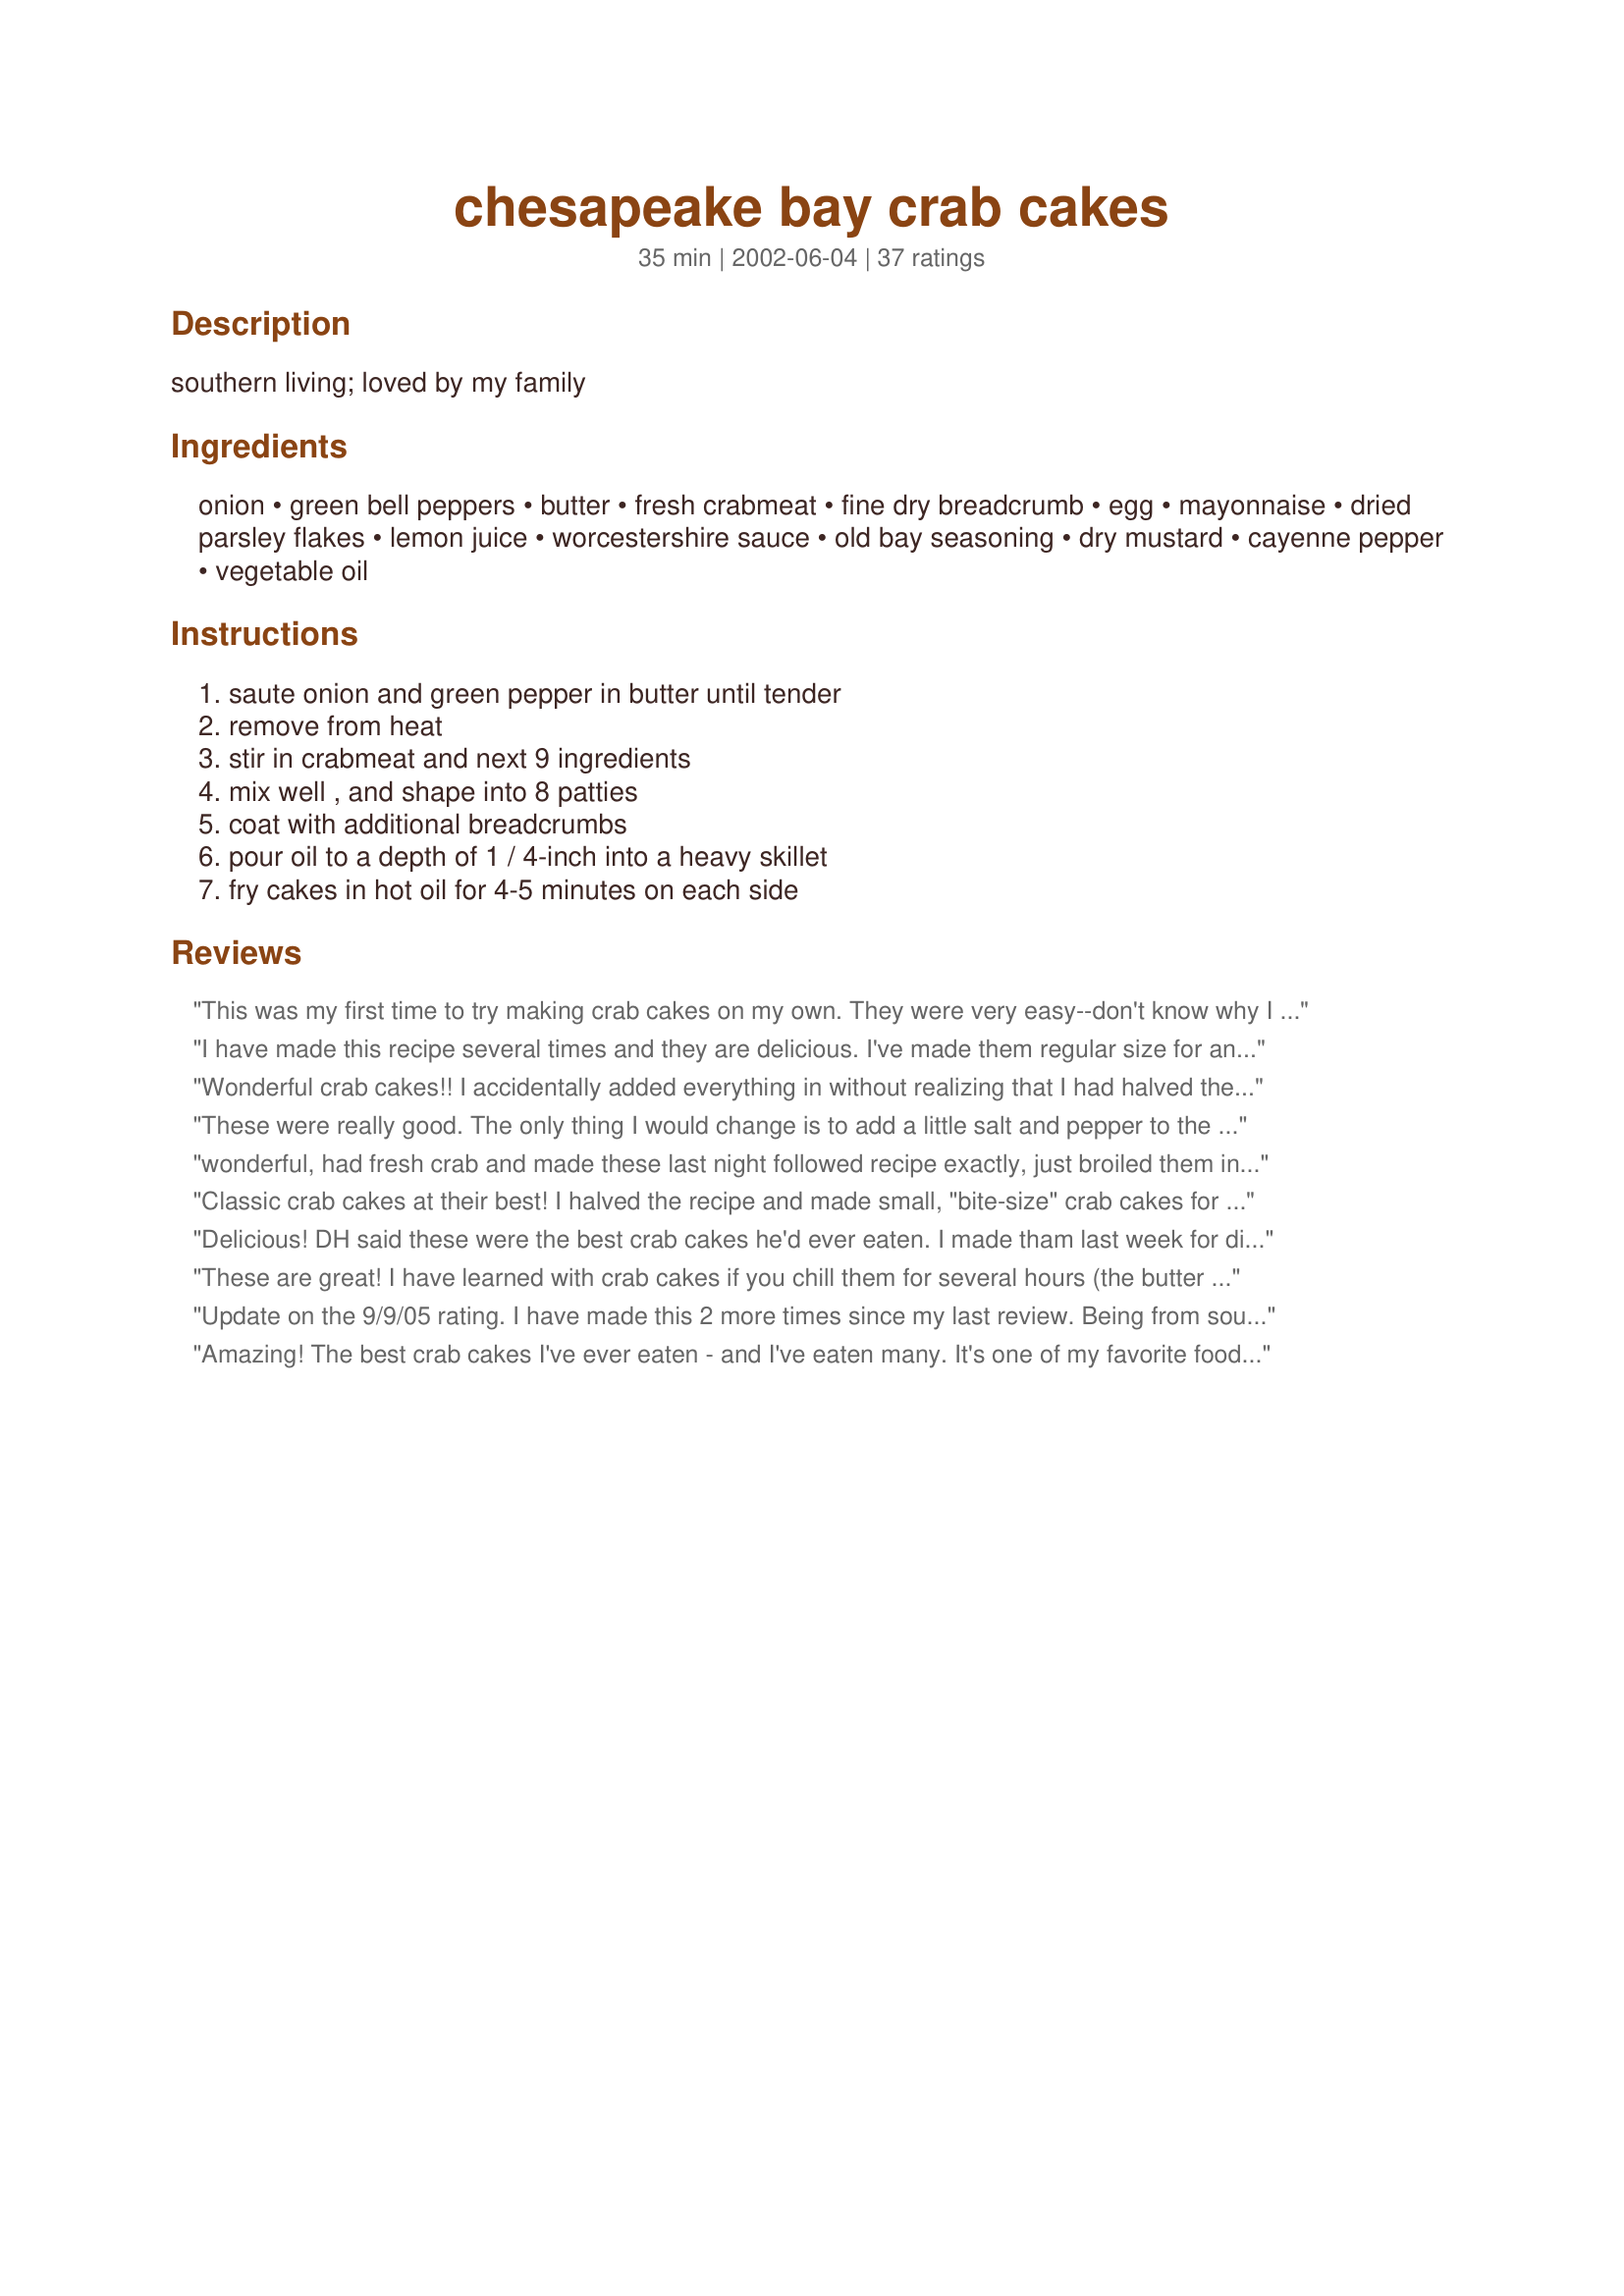
chesapeake bay crab cakes
Preparation time: 35 minutes

southern living; loved by my family

Ingredients:
onion, green bell peppers, butter, fresh crabmeat, fine dry breadcrumb, egg, mayonnaise, dried parsley flakes, lemon juice, worcestershire sauce, old bay seasoning, dry mustard, cayenne pepper, vegetable oil

Steps:
saute onion and green pepper in butter until tender, remove from heat, stir in crabmeat and next 9 ingredients, mix well , and shape into 8 patties, coat with additional breadcrumbs, pour oil to a depth of 1 / 4-inch into a heavy skillet, fry cakes in hot oil for 4-5 minutes on each side

Reviews:
This was my first time to try making crab cakes on my own. They were very easy--don't know why I thought it would be difficult? The blend of seasonings was nice and very tasty. Not overpowering. The cakes held together well. The coating was crunchy and the inside was tender. We dipped them in seafood sauce. Very delicious and will make again.
I have made this recipe several times and they are delicious. I've made them regular size for an entree and minis for appetizer, everybody raves about them everytime I make them. I use red onion and red Bell pepper, a bit more of both than what the recipe calls. Lately I've been broiling them instead of frying them and they are fantastic and healthier! If you're going to broil them don't coat in breadcrumbs and broil for 5-6 minutes on each side. YUM!! I'm making these again next week for a dinner party and my mouth is watering already!
Wonderful crab cakes!! I accidentally added everything in without realizing that I had halved the crab, but they still came out wonderful. I will definitely have to chilll them next time to see if they stay together better. Thanks for the great recipe! There weren't any left!
These were really good. The only thing I would change is to add a little salt and pepper to the mix before forming the cakes. I cut the recipe in half, as I only had 8 ounces of crab meat, used a whole small egg, and made three large cakes instead of four small ones (I had three people to serve). I fried in canola oil, but they only took 2-3 minutes per side to get to a beautiful golden brown, and done all the way through. Any longer and they would have burnt. Thanks for a great recipe- I'll definately make again.
wonderful, had fresh crab and made these last night followed recipe exactly, just broiled them instead of frying.The crab shines through as it should . thanks for this one
Classic crab cakes at their best! I halved the recipe and made small, "bite-size" crab cakes for appetizers. And yes, refrigerating them for a couple hours after you form them makes them perfect for frying. Not one of them fell apart. These are great!
Delicious! DH said these were the best crab cakes he'd ever eaten. I made tham last week for dinner and he requested them again this week! Good recipe and glad they are easy to prepare also. Thanks for the recipe.
These are great! I have learned with crab cakes if you chill them for several hours (the butter solidifies) and turn them only once while cooking they come out beautifully. Gloria
Update on the 9/9/05 rating. I have made this 2 more times since my last review. Being from southern Maryland, crab cakes are near and dear to my heart. The perfect crab cake has little filler and lots of crab. This is it. I did learn a couple of things I'd like to pass on. The oil for frying should only come up half way on the cakes. Too deep and they will foam and fall apart. Also, do not fry more than 4 at a time. More will cool the oil down too much. And lastly, make plenty, these get gobbled down real fast. Thanks again for a terrific recipe!
Amazing! The best crab cakes I've ever eaten - and I've eaten many. It's one of my favorite foods. I followed the recipe exactly as written, and they were superb. Thanks so much for sharing.
Tried this recipe, and it was outstanding. A must keep for future parties.
Classic indeed - just can't get enough of them! Wish crab wasn't so expensive - my family could eat these daily for sure. Minced the onion and bell pepper very finely - everything held together well (I did refrigerate after reading others' advice) and the light dusting of bread crumbs before frying made them a slightly crisp on the outside, succulent on the inside perfection!
Absolute winner here. I did find that the crab cakes didn't need much frying time at all, only about 2-3 minutes per side. I used 1.5 lbs. of crab meat and got 10 cakes. Loved red pepper in this and all of the layers of flavor. I served a quick sauce (mayo, Dijon, capers, lemon) with the crispy crab cakes and we had one heck of a delicious dinner. Excellent recipe!
I had 2 lbs of crabmeat I got on sale. 1 lb I used my standby recipe. 2nd lb...I did your recipe. Your's is now my standby! It was great! FYI..I used a new Thick Worcestershire sauce and panco breadcrumbs.
Amazing crab cakes, followed all ingredients listed. I was in a hurry to pull together before I left this morning. I did not fry the pepper and onion first. I choped to a fine dice. Mixed everything together. Shaped into patties and chilled covered until ready to fry. I placed a thin coat of mayo both side crab cake and rolled in breadcrumbs. All the coating adhered nicely with crispness when frayed. Delious! key for other viewers chill your crab cakes to hold shape.
Great flavor, although my cakes came apart.. ended up serving over spaghetti noodles with cream sauce. Followed recipe to a T and they fell apart. Flavor wise 10 stars... Kudos... I dont know if it was the altitude or what... they fell apart on me and I kept them in the firdge 12 hours before cooking.. Still got race reviews under cream sauce. Ty for a good recipe that might need editing for 7000+ feet here in Boulder Wyoming
Made these for my hubby and he said..."I've had alot of crabcakes and these are the best I have eaten" he ate 3 large cakes! I usually search and go with the highest rated but I have tried Nurse Di's recipes before and they are always great! Glad I choose these. Took Glorias review into consideration and chilled about an hour before frying. I made the rest as posted with the exception of green onions for onion. Came together and held together beautifully! I wasn't sure if the 1/4 cup butter was to be mixed in but figured it out when I mixed evertyhhing but the butter and it was dry, so I added a& it worked great! Thanks for a great recipe!
My crab cakes fell apart in the oil... not sure what I did wrong. :(
Outstanding ! I used red bell 'cause I had one that needed to be used and red onion not white. Took 2 eggs to get 'em to stay together and a little maore mayo.
I used 1 whole lemon. 
Hubby said they were the best he has ever eaten ! Great recipe NurseDi ! Thanks for sharing !
Very delicious crabcakes. I made mine into minature/appetizer sized crab cakes and got about 14 crab cakes. I added a dash of onion powder and seasoning salt. These crabcakes were so good and easy to make. 
I will definitely use this recipe again.
These crab cakes have so much flavor. The only things I did differently = minced scallions vs onions, red pepper vs green, and I coated my finished cakes in panko crumbs. Thanks for this keeper of a recipe!
Thank you for a delicious recipe. I tried it tonight using fresh backfin crabmeat. I used finely ground Pepperidge Farm Herb stuffing for breadcrumbs and used Smart Balance for the butter/margarine. I followed Debonweb's advice to chill them before frying ...I used Tauter sauce #239662 and served with cole slaw. Everything tasted so fresh and NOT greasy. I gave my Mom half and will use the rest for a delicious sandwich with shredded lettuce for tomorrow's lunch.
These were awesome! My first attempt making crab cakes and I'm impressed. I did substitute saltine cracker crumbs for breadcrumbs and since I was out of mayonnaise, I used horseradish sauce - delicious. Refrigerated the crab cakes before frying which did help keep them from falling apart. I recommend making these!
awesome!!! i substituted poblano chiles for green bell pepper just for fun. also used panko bread crumbs so they were nice and crispy. thanks, this one's a keeper.
These are EXCELLENT! I had previously tried another crab cake recipe on here that we loved, but this surpassed them. This is the perfect pairing of crab and ingredients so the crab is the center stage. My husband is a crab cake afficionado and states these surpass any he's had. I serve mine with Tabasco (same way I eat my baked clams) and it's HEAVEN! I also broil these about 7 minutes per side. Perfect. Will definitely make this again and again.
These crab cakes were fantastic! I have tried several recipes in the past but this one by far is the best. I did need to add more mayo, however, as the amount of bread crumbs called for absorbs the liquid ingredients very quickly. I also adjusted the amount of seasonings just as a matter of personal preference. I LOVED the way they held their shape and fried up golden brown on the outside and moist on the inside. Thank you! Thank you! Will DEFINITELY be telling my friends about this recipe
An fantastic recipe. My husband said it was the best crab cake he has every eaten. We live a mile from the Chesapeake Bay and have eaten seafood all of our life. It is a simple and tasty.
Great crab cakes. I have been making cc's from a recipe I've had for a while but these were so much better. Thank you.
5 Bright Star!!!!!!! While visitng my daughter in Alaska we found ourselves with left-over crab :shock: and this was the perfect answer! Prepared as directed and served crab sliders (on small buns). Served with the Remoulade Sauce from Recipe #183394. However, instead of horseradish in the sauce I substituted chopped dill pickles . . .PERFECT! Thanks for Sharing!
great crab cakes. very good flavor. we made crab cake sliders. used hawaiian sweet rolls and subway's chipotle southwest sauce, zaar recipe #82591. yummy! thanks
I'm not going to assign stars because I'm just not very good at pan frying so I think any deficiency is of MY making, not the recipe's. These were very tasty but frying 4 to 5 minutes on each side would be WAY too long ... but that may be my problem. I wanted the oil hot enough to fry and not soak the patties with oil and I thought I had that achieved. But the patties came out darker than I thought they should. Very very tasty though and even with my inexpertise, my husband said they were "close" to five star and better than he has had in many restaurants. I will work on my pan frying technique. Thank you for posting!
These crab cakes are so tasty. They are the best! Thanks for posting.
These were fantastic! Flavor was spot on.<br/><br/>Having read other folks' issues with their crab cakes falling apart, I used a muffin pan as a mold, and refrigerated the whole thing for about 20 mins before breading them. Thanks!
I have never made Crab Cakes before, I was pleased how easy it was. A great recipe, better than any I have had at the well known Restaurants. I also chilled them for about 2 hours before I cooked them, and they were just great. Thank you for putting this one on the site - Try it, you won't be disappointed!!
Top shelf - crabcakes at their best! These turned out exceptionally well using a large 1 lb. can of lump crab meat from the seafood department in the grocery store. It shouldn't happen if you drain the crabmeat, but if you're concerned about the crabcakes falling apart, refrigerate the patties prior to frying. If the mixture isn't binding well, add another tablespoon of mayonnaise.
Very disappointing to me, but maybe because I used canned premium white crab meat. I drained the meat til it there was no water. It seemed to me that the patties needed more moisture- maybe another T. of mayo. The breaded cakes browned very fast and just wondering if these would have been better floured.
Loved this recipe! It is now my go-to recipe for crab cakes. Thanks for posting.
